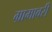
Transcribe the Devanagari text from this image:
ग्रामावरी